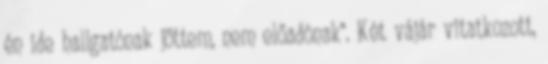
én ide hallgatónak jöttem, nem előadónak". Két vájár vitatkozott,